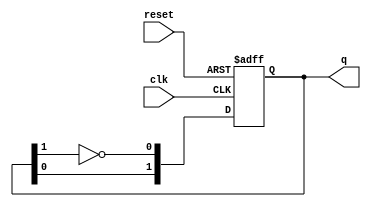
module dual_stage_johnson_counter (
    input wire clk,        // Clock signal
    input wire reset,      // Asynchronous reset signal
    output reg [1:0] q     // Output representing the current state
);

// State transition logic
always @(posedge clk or posedge reset) begin
    if (reset) begin
        // Reset both flip-flops to '00'
        q <= 2'b00;
    end else begin
        // Johnson counter state transition
        q[0] <= ~q[1]; // First flip-flop takes the inverted value of the second flip-flop
        q[1] <= q[0];  // Second flip-flop takes the value of the first flip-flop
    end
end

endmodule